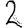
Digit: 2